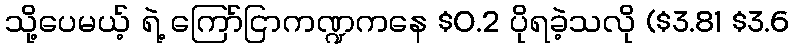
သို့ပေမယ့် ရဲ့ ကြော်ငြာကဏ္ဍကနေ $0.2 ပိုရခဲ့သလို ($3.81 $3.6